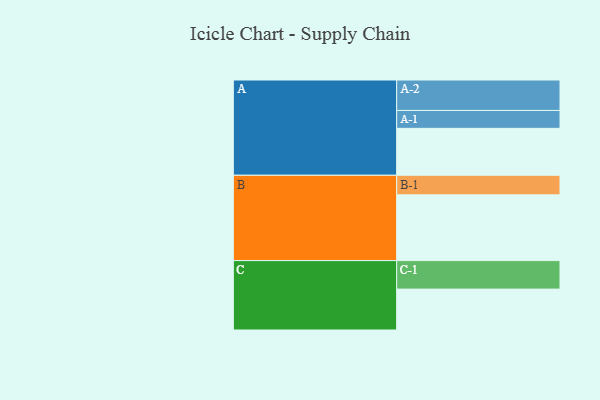
{"axis": {"x": "Segment", "y": "Value"}, "legend": ["", "A", "B", "C"], "data": [{"x": "A", "y": 359, "type": ""}, {"x": "B", "y": 503, "type": ""}, {"x": "C", "y": 313, "type": ""}, {"x": "A-1", "y": 137, "type": "A"}, {"x": "A-2", "y": 233, "type": "A"}, {"x": "B-1", "y": 150, "type": "B"}, {"x": "C-1", "y": 218, "type": "C"}]}